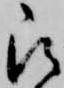
被